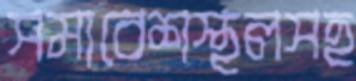
সমাবেশস্থলসহ